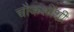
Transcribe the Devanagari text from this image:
चौकशींशी